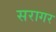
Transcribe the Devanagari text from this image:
सरागर